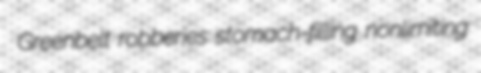
Greenbelt robberies stomach-filling nonlimiting